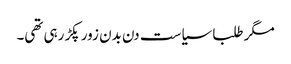
مگر طلبا سیاست دن بدن زور پکڑ رہی تھی۔